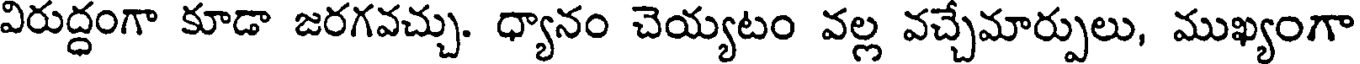
విరుద్ధంగా కూడా జరగవచ్చు. ధ్యానం చెయ్యటం వల్ల వచ్చేమార్పులు, ముఖ్యంగా